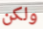
ولكن